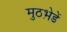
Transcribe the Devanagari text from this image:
मुठभ़ेडें